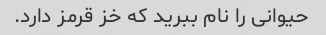
حیوانی را نام ببرید که خز قرمز دارد.